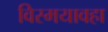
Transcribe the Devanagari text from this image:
विस्मयावहा